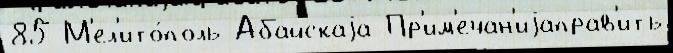
85 М'ел'ито́поль Абайскаjа Пр'им'ечан'иjаправ'ить